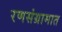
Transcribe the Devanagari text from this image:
रणसंग्रामात